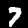
Label: 7